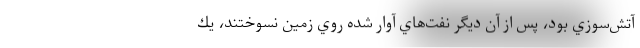
آتش‌سوزي بود، پس از آن ديگر نفت‌هاي آوار شده روي زمين نسوختند، يك